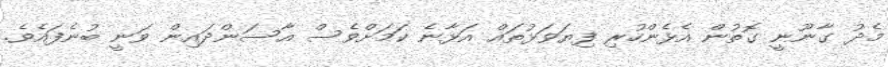
މެދު ގާނޫނީ ގޮތުން އެޅެންހުރި ފިޔަވަޅުތައް އަޅާނެ ކަމަށްވެސް އާސަންދައިން ވަނީ ބުނެފައެވެ.